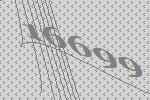
16699